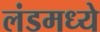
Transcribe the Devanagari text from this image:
लंडमध्ये